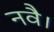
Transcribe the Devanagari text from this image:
नवै।